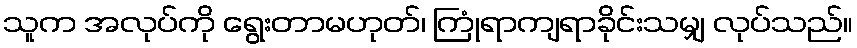
သူက အလုပ်ကို ရွေးတာမဟုတ်၊ ကြုံရာကျရာခိုင်းသမျှ လုပ်သည်။